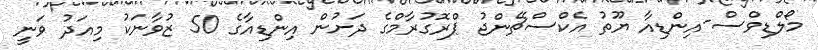
މޯލްޑިވްސް-އިންޑިއާ ޔޫތު އެކްސްޗޭންޖު ޕްރޮގުރާމްގެ ދަށުން އިންޑިއާގެ 50 ޒުވާނަކު މިއަދު ވަނީ